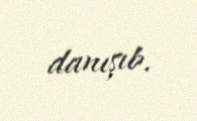
danışıb.